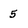
Character: 5